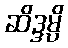
ဆိဒ္ဒမ္ပိ